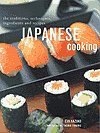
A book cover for Japanese Cooking, the Traditions, Techniques, Ingredients and Recipes; Emi Kazuko; Cookbooks, Food & Wine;